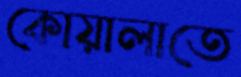
কোয়ালাতে